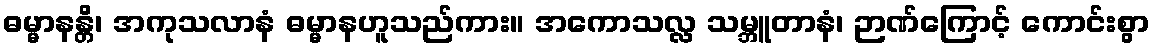
ဓမ္မာနန္တိ၊ အကုသလာနံ ဓမ္မာနဟူသည်ကား။ အကောသလ္လ သမ္ဘူတာနံ၊ ဉာဏ်ကြောင့် ကောင်းစွာ